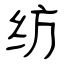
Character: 纺